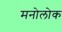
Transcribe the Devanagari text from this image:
मनोलोक